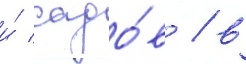
и́ садо́в / в